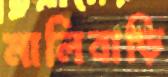
মালিবাড়ি